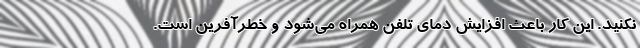
نکنید. این کار باعث افزایش دمای تلفن همراه می‌شود و خطرآفرین است.